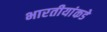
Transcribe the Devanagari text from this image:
भारतीयांकडे